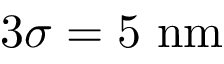
3 \sigma = 5 ~ \mathrm { n m }